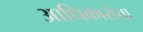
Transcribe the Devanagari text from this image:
आधिकारांचा